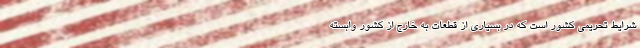
شرایط تحریمی کشور است که در بسیاری از قطعات به خارج از کشور وابسته